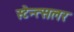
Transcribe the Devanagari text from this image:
स्टेन्त्सलर